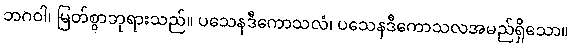
ဘဂဝါ၊ မြတ်စွာဘုရားသည်။ ပသေနဒီကောသလံ၊ ပသေနဒီကောသလအမည်ရှိသော။